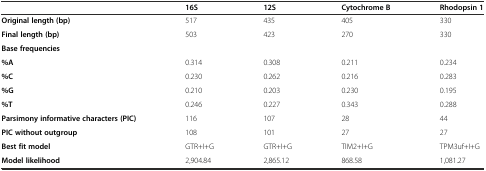
<table><thead><tr><td></td><td><b>16S</b></td><td><b>12S</b></td><td><b>Cytochrome B</b></td><td><b>Rhodopsin 1</b></td></tr></thead><tbody><tr><td><b>Original length (bp)</b></td><td>517</td><td>435</td><td>405</td><td>330</td></tr><tr><td><b>Final length (bp)</b></td><td>503</td><td>423</td><td>270</td><td>330</td></tr><tr><td><b>Base frequencies</b></td><td></td><td></td><td></td><td></td></tr><tr><td><b>%A</b></td><td>0.314</td><td>0.308</td><td>0.211</td><td>0.234</td></tr><tr><td><b>%C</b></td><td>0.230</td><td>0.262</td><td>0.216</td><td>0.283</td></tr><tr><td><b>%G</b></td><td>0.210</td><td>0.203</td><td>0.230</td><td>0.195</td></tr><tr><td><b>%T</b></td><td>0.246</td><td>0.227</td><td>0.343</td><td>0.288</td></tr><tr><td><b>Parsimony informative characters (PIC)</b></td><td>116</td><td>107</td><td>28</td><td>44</td></tr><tr><td><b>PIC without outgroup</b></td><td>108</td><td>101</td><td>27</td><td>27</td></tr><tr><td><b>Best fit model</b></td><td>GTR+I+G</td><td>GTR+I+G</td><td>TIM2+I+G</td><td>TPM3uf+I+G</td></tr><tr><td><b>Model likelihood</b></td><td>2,904.84</td><td>2,865.12</td><td>868.58</td><td>1,081.27</td></tr></tbody></table>